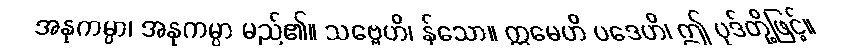
အနုကမ္ပာ၊ အနုကမ္ပာ မည်၏။ သဗ္ဗေဟိ၊ န်သော။ ဣမေဟိ ပဒေဟိ၊ ဤ ပုဒ်တို့ဖြင့်။